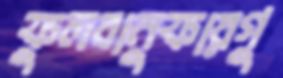
ফুলবানুফারগু